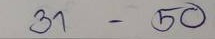
31 - 50